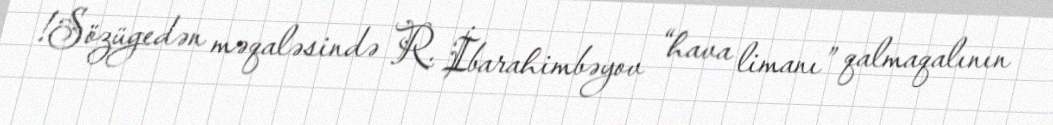
!Sözügedən məqaləsində R. İbarahimbəyov “hava limanı” qalmaqalının